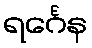
ရင်္ဂေန